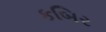
કબિર